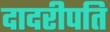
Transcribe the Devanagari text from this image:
दादरीपति